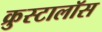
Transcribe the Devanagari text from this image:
क्रुस्टालॉस